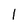
Character: l